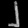
Digit: ၂